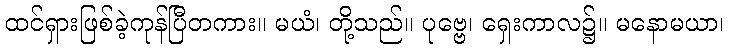
ထင်ရှားဖြစ်ခဲ့ကုန်ပြီတကား။ မယံ၊ တို့သည်။ ပုဗ္ဗေ၊ ရှေးကာလ၌။ မနောမယာ၊